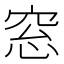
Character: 窓